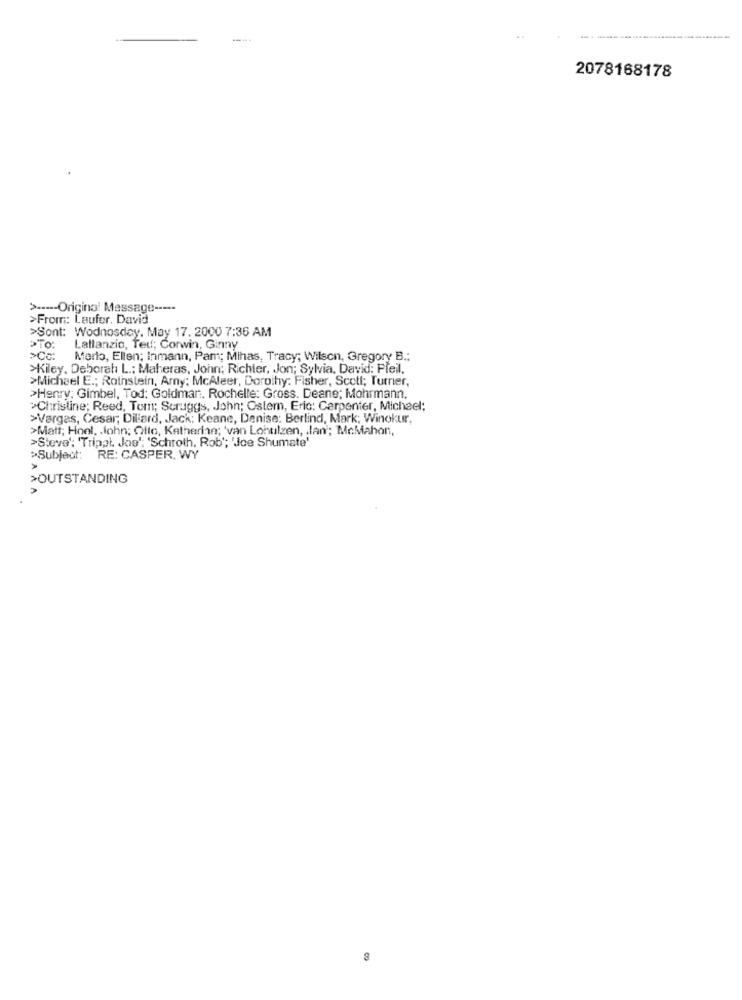
----
2078168178
> ----- Original Message ----
>From: Laufer. David
>Sont: Wodnosday. May 17, 2000 7:36 AM
>To:
Lattanzio, Ted; Corwin, Ginny
>Cc:
Merto, Ellen; Inmann, Pam; Mihas, Tracy; Wilson, Gregory B .:
>Kiley, Deborah L .: Maheras, John; Richier, Jon; Sylvia, David: Pfeil,
>Michael E .; Rothstein, Arny; McAleer, Dorothy: Fisher, Scott; Turner,
>Henry: Gimbel, Tod: Goldman, Rochelle: Gross. Deane; Mohrmann,
>Christine; Reed, Tom; Scruggs, John; Ostem, Eric: Carpenter, Michael;
>Vargas, Cesar; Dillard, Jack: Keane, Denise: Berlind, Mark; Winokur,
>Matt; Hool. . lohn; Olto, Katherine; 'van Lohulzen, . lan'; McMahon,
>Steve' 'Tripel. Jos'; 'Schroth, Rob'; 'Joe Shumate'
>Subject: RE: CASPER. WY
>OUTSTANDING